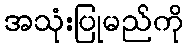
အသုံးပြုမည်ကို